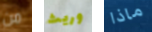
من وريث ماذا